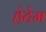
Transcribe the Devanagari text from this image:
हेटेम